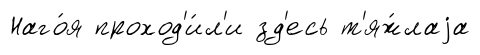
Наго́я проход'и́л'и зд'есь т'яж́лаjа